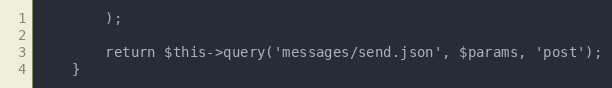
Language: PHP
        );

        return $this->query('messages/send.json', $params, 'post');
    }